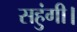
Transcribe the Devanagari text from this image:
सहुंगी।